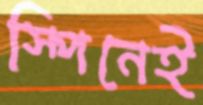
স্পিনেই